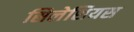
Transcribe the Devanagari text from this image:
सिलेशियस